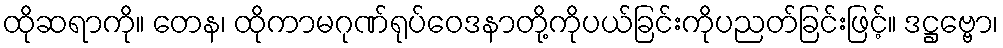
ထိုဆရာကို။ တေန၊ ထိုကာမဂုဏ်ရုပ်ဝေဒနာတို့ကိုပယ်ခြင်းကိုပညတ်ခြင်းဖြင့်။ ဒဋ္ဌဗ္ဗော၊